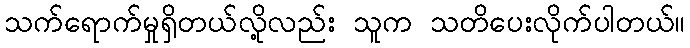
သက်ရောက်မှုရှိတယ်လို့လည်း သူက သတိပေးလိုက်ပါတယ်။